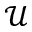
\mathcal { U }